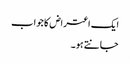
ایک اعتراض کا جواب
جانتے ہو۔